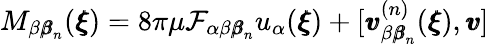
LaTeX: M_{\beta{\pmb\beta}_{n}}({\pmb\xi})=8\pi\mu\mathcal{F}_{\alpha\beta{\pmb\beta}_{n}}u_{\alpha}({\pmb\xi})+[{\pmb v}_{\beta{\pmb\beta}_{n}}^{(n)}({\pmb\xi}),{\pmb v}]